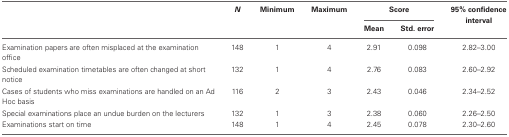
<table><thead><tr><td></td><td><b><i>N</i></b></td><td><b>Minimum</b></td><td><b>Maximum</b></td><td colspan="2"><b>Score</b></td><td><b>95% confidence interval</b></td></tr><tr><td></td><td></td><td></td><td></td><td><b>Mean</b></td><td><b>Std. error</b></td><td></td></tr></thead><tbody><tr><td>Examination papers are often misplaced at the examination office</td><td>148</td><td>1</td><td>4</td><td>2.91</td><td>0.098</td><td>2.82–3.00</td></tr><tr><td>Scheduled examination timetables are often changed at short notice</td><td>132</td><td>1</td><td>4</td><td>2.76</td><td>0.083</td><td>2.60–2.92</td></tr><tr><td>Cases of students who miss examinations are handled on an Ad Hoc basis</td><td>116</td><td>2</td><td>3</td><td>2.43</td><td>0.046</td><td> 2.34–2.52</td></tr><tr><td>Special examinations place an undue burden on the lecturers</td><td>132</td><td>1</td><td>3</td><td>2.38</td><td>0.060</td><td>2.26–2.50</td></tr><tr><td>Examinations start on time</td><td>148</td><td>1</td><td>4</td><td>2.45</td><td>0.078</td><td>2.30–2.60</td></tr></tbody></table>